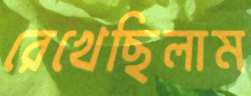
রেখেছিলাম